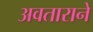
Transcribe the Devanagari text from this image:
अवताराने